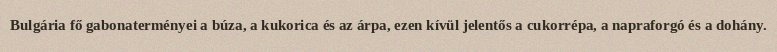
Bulgária fő gabonaterményei a búza, a kukorica és az árpa, ezen kívül jelentős a cukorrépa, a napraforgó és a dohány.